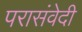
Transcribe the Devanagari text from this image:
परासंवेदी